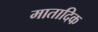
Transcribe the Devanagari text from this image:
मातादिक